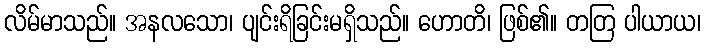
လိမ်မာသည်။ အနလသော၊ ပျင်းရိခြင်းမရှိသည်။ ဟောတိ၊ ဖြစ်၏။ တတြ ပါယာယ၊